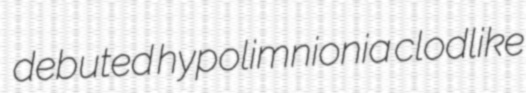
debuted hypolimnionia clodlike